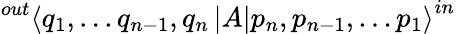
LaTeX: ^{out}\left\langle q_{1},...q_{n-1},q_{n}\left|A\right|p_{n},p_{n-1},...p_{1}\right\rangle^{in}